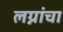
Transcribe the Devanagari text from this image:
लग्नांचा